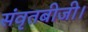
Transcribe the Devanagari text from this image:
संवृतबीजी।